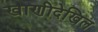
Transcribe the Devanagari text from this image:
खाणीदेखिल